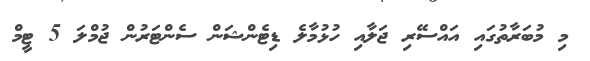
މި މުބަރާތުގައި އައްސޭރި ޖަލާއި ހުޅުމާލެ ޑިޓެންޝަން ސެންޓަރުން ޖުމްލަ 5 ޓީމް